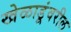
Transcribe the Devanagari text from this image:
खेळाडूंवरील